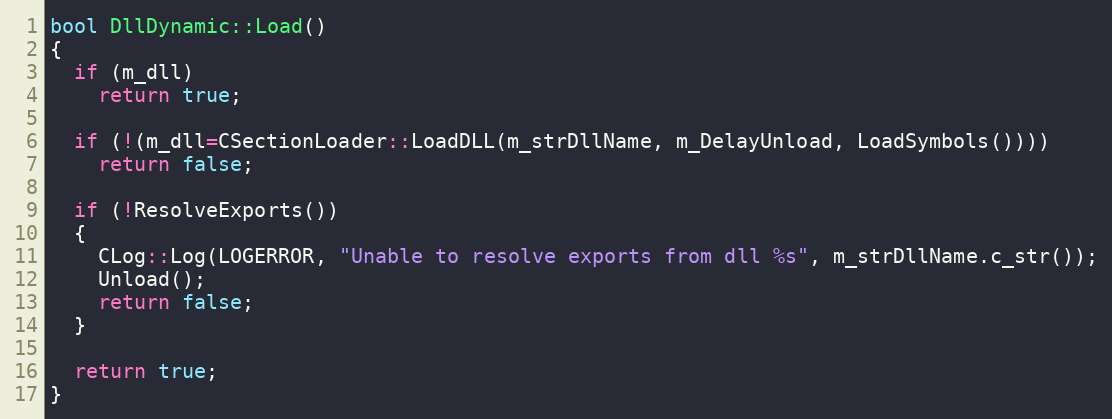
Language: C++
bool DllDynamic::Load()
{
  if (m_dll)
    return true;

  if (!(m_dll=CSectionLoader::LoadDLL(m_strDllName, m_DelayUnload, LoadSymbols())))
    return false;

  if (!ResolveExports())
  {
    CLog::Log(LOGERROR, "Unable to resolve exports from dll %s", m_strDllName.c_str());
    Unload();
    return false;
  }

  return true;
}